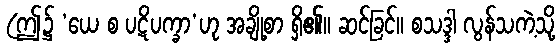
(ဤ၌ ‘ယေ စ ပဋိပက္ခာ’ဟု အချို့စာ ရှိ၏။ ဆင်ခြင်။ စသဒ္ဒါ လွန်သကဲ့သို့